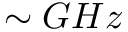
\sim G H z